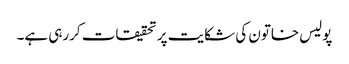
پولیس خاتون کی شکایت پر تحقیقات کررہی ہے۔